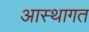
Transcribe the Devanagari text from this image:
आस्थागत